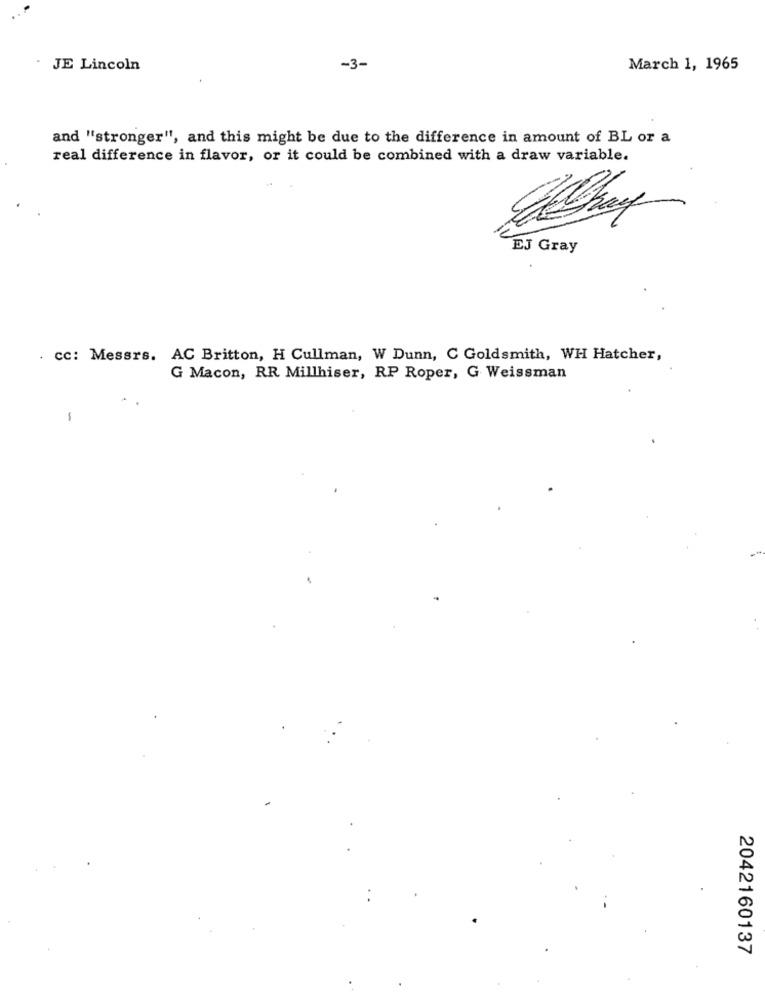
. JE Lincoln
-3-
March 1, 1965
and "stronger", and this might be due to the difference in amount of BL or a
real difference in flavor, or it could be combined with a draw variable.
EJ Gray
cc: Messrs. AC Britton, H Cullman, W Dunn, C Goldsmith, WH Hatcher,
G Macon, RR Millhiser, RP Roper, G Weissman
1
2042160137